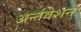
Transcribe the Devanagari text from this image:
अर्न्तवेशन